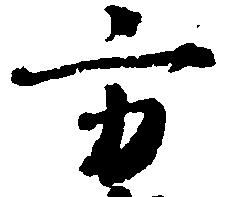
方